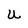
Character: U